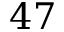
4 7